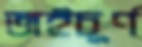
জইচূর্ণ